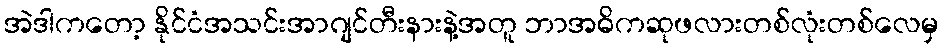
အဲဒါကတော့ နိုင်ငံအသင်းအာဂျင်တီးနားနဲ့အတူ ဘာအဓိကဆုဖလားတစ်လုံးတစ်လေမှ